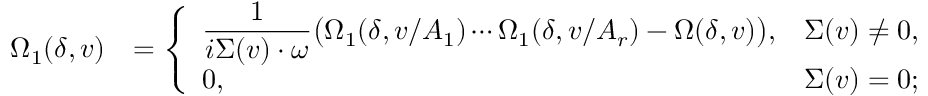
\begin{array} { r l } { \Omega _ { 1 } ( \delta , v ) } & { = \left\lbrace \begin{array} { l l } { \displaystyle \frac { 1 } { i \Sigma ( v ) \cdot \omega } \big ( \Omega _ { 1 } ( \delta , v / A _ { 1 } ) \cdots \Omega _ { 1 } ( \delta , v / A _ { r } ) - \Omega ( \delta , v ) \big ) , } & { \Sigma ( v ) \neq 0 , } \\ { 0 , } & { \Sigma ( v ) = 0 ; } \end{array} \right. } \end{array}